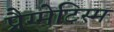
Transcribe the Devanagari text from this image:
प्रैग्मेटिस्म